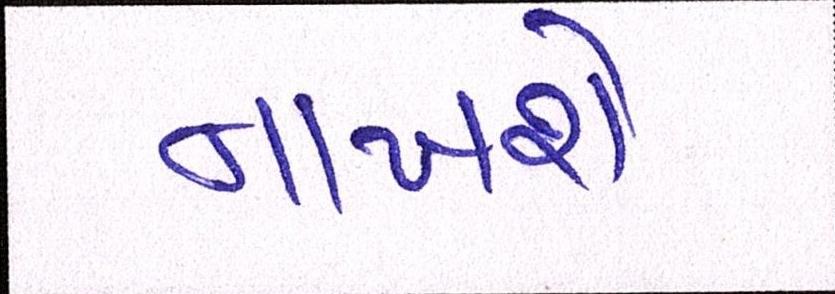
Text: નાંખશે